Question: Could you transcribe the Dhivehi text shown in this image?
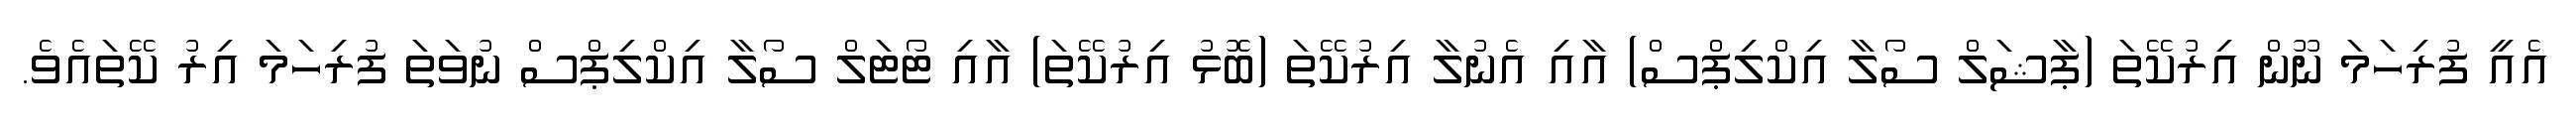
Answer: އެއީ ފުރިހަމަ ނޫން އިރުކޭތަ (ޕާޝަލް ސޯލާ އިކްލިޕްސް) އާއި އެނުލާ އިރުކޭތަ (ބޮޅު އިރުކޭތަ) އާއި ޓޯޓަލް ސޯލާ އިކްލިޕްސް ނުވަތަ ފުރިހަމަ އިރު ކޭތައެވެ.